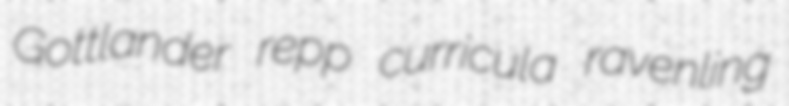
Gottlander repp curricula ravenling